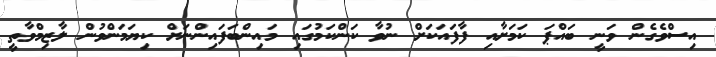
އިސްވެގެން ވަނީ ބައްޕަ ކަމަށާއި ފާފައަކަށް ނުވާ ކަންކަމުގައި މައިންބަފައިންނަށް ކިޔަމަންވުން ލާޒިމްވާތީ